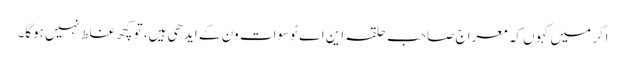
اگر میں کہوں کہ معراج صاحب حلقہ این اے ٹو سوات ون کے ایدھی ہیں، تو کچھ غلط نہیں ہوگا۔